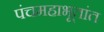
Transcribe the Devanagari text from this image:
पंचमहाभूतांत